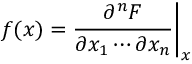
f ( x ) = { \frac { \partial ^ { n } F } { \partial x _ { 1 } \cdots \partial x _ { n } } } { \bigg | } _ { x }